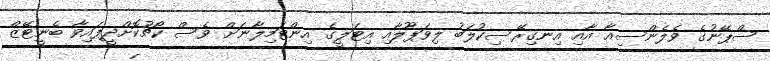
ސްޕޭނުގެ ވެލެންސިއާ އާއި އިނގިރޭސިކުލަބު ލިވަޕޫލާއި އިޓަލީގެ އިންޓަމިލާނަށް ވެސް ކޯޗުކޮށްދީފައިވާ ބެނީޓޭޒް